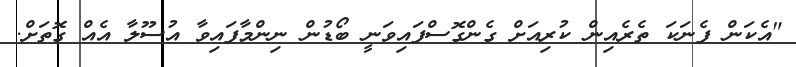
"އެކަން ފެނަކަ ތެރެއިން ކުރިއަށް ގެންގޮސްފައިވަނީ ބޯޑުން ނިންމާފައިވާ އުސޫލާ އެއް ގޮތަށް.